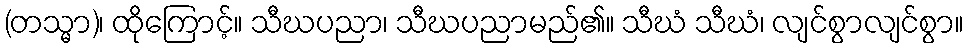
(တသ္မာ)၊ ထိုကြောင့်။ သီဃပညာ၊ သီဃပညာမည်၏။ သီဃံ သီဃံ၊ လျင်စွာလျင်စွာ။